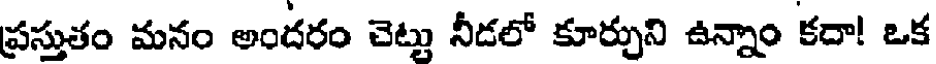
ప్రస్తుతం మనం అందరం చెట్టు నీడలో కూర్చుని ఉన్నాం కదా! ఒక